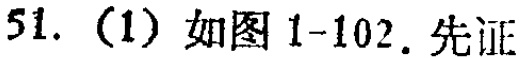
51. (1) 如图1-102. 先证